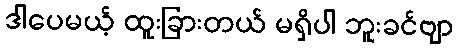
ဒါပေမယ့် ထူးခြားတယ် မရှိပါ ဘူးခင်ဗျာ